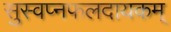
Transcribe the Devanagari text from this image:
सुस्वप्नफलदायकम्